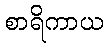
စာရိကာယ